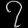
Digit: ၇